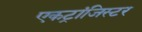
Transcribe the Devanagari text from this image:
एकट्रांजिस्टर